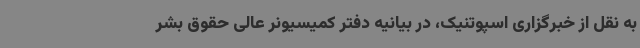
به نقل از خبرگزاری اسپوتنیک، در بیانیه دفتر کمیسیونر عالی حقوق بشر